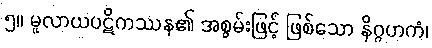
၅။ မူလာယပဋိကဿန၏ အစွမ်းဖြင့် ဖြစ်သော နိဂ္ဂဟကံ၊